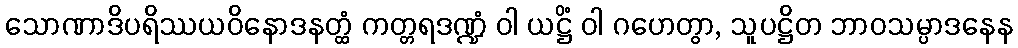
သောဏာဒိပရိဿယဝိနောဒနတ္ထံ ကတ္တရဒဏ္ဍံ ဝါ ယဋ္ဌိံ ဝါ ဂဟေတွာ, သူပဋ္ဌိတ ဘာဝသမ္ပာဒနေန